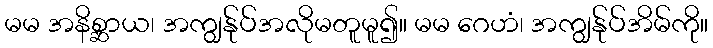
မမ အနိစ္ဆာယ၊ အကျွန်ုပ်အလိုမတူမူ၍။ မမ ဂေဟံ၊ အကျွန်ုပ်အိမ်ကို။